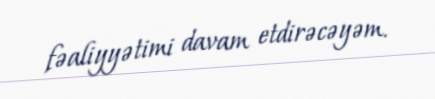
fəaliyyətimi davam etdirəcəyəm.